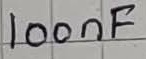
Text: 100nF